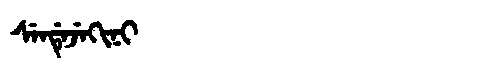
Manchu: ᠰᡝᠨᡩᡝᠵᡝᡴᡳᠨᡳ
Romanization: SENDEJEKINI